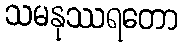
သမနုဿရတော